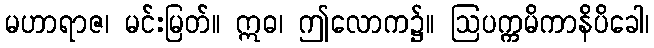
မဟာရာဇ၊ မင်းမြတ်။ ဣဓ၊ ဤလောက၌။ ဩပက္ကမိကာနိပိခေါ၊